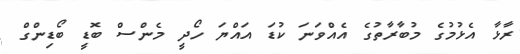
ރާޅާ އެޅުމުގެ މުބާރާތުގެ އެއްވަނަ ކުޑަ އައްޔަ ހޯދީ މެންސް ބޮޑީ ބޯޑިންގް